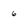
Character: 6